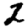
Digit: 2